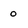
Character: 0